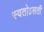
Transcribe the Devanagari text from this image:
स्वतोऽसती